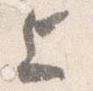
上